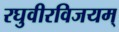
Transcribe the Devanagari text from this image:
रघुवीरविजयम्